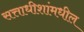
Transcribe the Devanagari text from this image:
सत्ताधीशांमधील